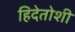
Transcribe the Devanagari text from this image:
हिदेतोशी